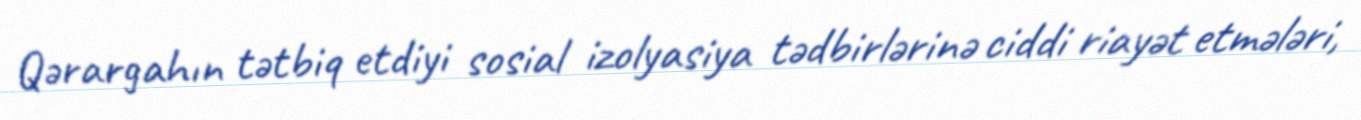
Qərargahın tətbiq etdiyi sosial izolyasiya tədbirlərinə ciddi riayət etmələri,